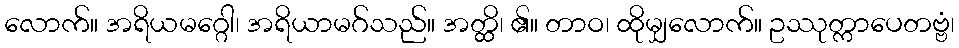
လောက်။ အရိယမဂ္ဂေါ၊ အရိယာမဂ်သည်။ အတ္ထိ၊ ၏။ တာဝ၊ ထိုမျှလောက်။ ဥဿုတ္ကာပေတဗ္ဗံ၊